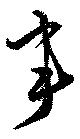
事